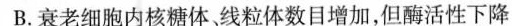
B.衰老细胞内核糖体，线粒体数目增加，但酶活性下降